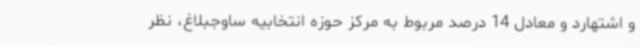
و اشتهارد و معادل 14 درصد مربوط به مرکز حوزه انتخابیه ساوجبلاغ، نظر